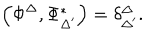
LaTeX: \left( \Phi ^ { \Delta } , \Phi _ { \Delta ^ { \prime } } ^ { * } \right) = \delta _ { \Delta ^ { \prime } } ^ { \Delta } .